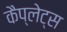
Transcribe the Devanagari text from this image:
कैप्लेट्स